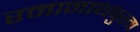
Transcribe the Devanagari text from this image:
रमानाथपुरम